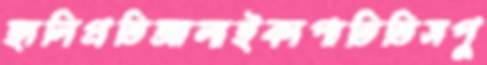
হালিপ্রতিআলাইকাপাতিতিসপু